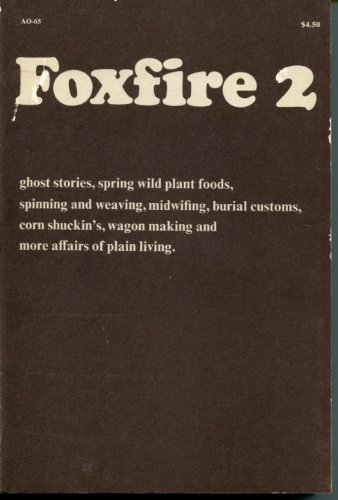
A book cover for Foxfire 2 - Ghost Stories, Spring Wild Plant Foods, Spinning And Weaving, Midwifing, Burial Customs, Corn Shuckin's, Wagon Making and More Affairs of Plain Living; Politics & Social Sciences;